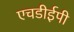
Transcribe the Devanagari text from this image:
एचडीईपी